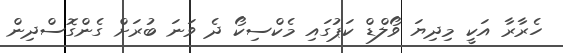
ހެރާރާ އަކީ މިދިޔަ ވޯލްޑް ކަޕުގައި މެކްސިކޯ ދެ ވަނަ ބުރަށް ގެންގޮސްދިން